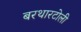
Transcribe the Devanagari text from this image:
बरथारटोली